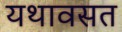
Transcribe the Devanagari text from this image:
यथावसत